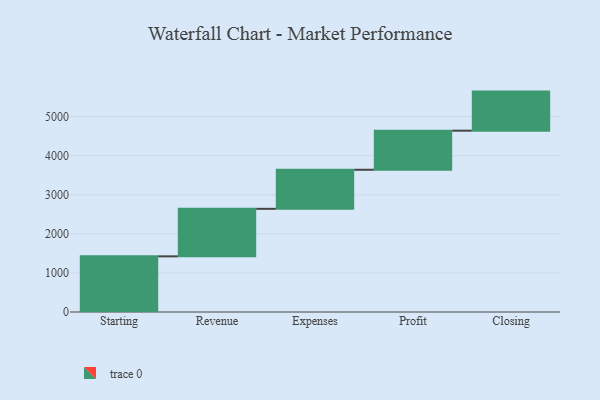
{"axis": {"x": "Step", "y": "Value"}, "legend": [""], "data": [{"x": "Starting", "y": 1424.0, "type": ""}, {"x": "Revenue", "y": 1216.0, "type": ""}, {"x": "Expenses", "y": 1000, "type": ""}, {"x": "Profit", "y": 1000, "type": ""}, {"x": "Closing", "y": 1000, "type": ""}]}